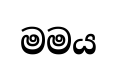
මමය